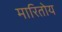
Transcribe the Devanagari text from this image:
मारितोय